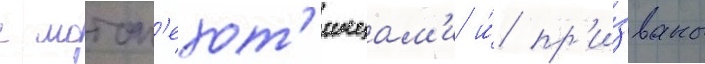
с мотоп'ехот'инцам'и и́ пр'и́званы